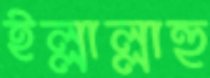
ইল্লাল্লাহু